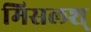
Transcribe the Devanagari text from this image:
मिसलश्